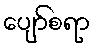
ပျော်စရာ